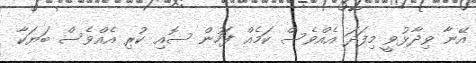
އޭނާ ވިދާޅުވީ މިފަދަ އެއްވެސް ކަމެއް ފަހުން ސޮއި ކުރި އެއްވެސް ބަޔަކާ